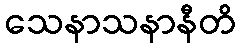
သေနာသနာနီတိ